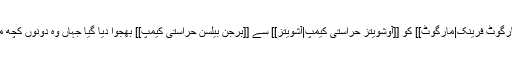
اکتوبر یا نومبر 1944ء میں این اور اس کی بہن [[مارگوٹ فرینک|مارگوٹ]] کو [[آوشویتز حراستی کیمپ|آشویتز]] سے [[برجن بیلسن حراستی کیمپ]] بھجوا دیا گیا جہاں وہ دونوں کچھ ماہ بعد (ممکنہ طور پر [[ٹائیفس]] سے) وفات پا گئیں۔